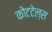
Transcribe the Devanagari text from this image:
कोटटेल्स